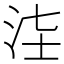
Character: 𣳃